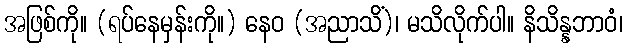
အဖြစ်ကို။ (ရပ်နေမှန်းကို။) နေဝ (အညာသိံ)၊ မသိလိုက်ပါ။ နိသိန္နဘာဝံ၊